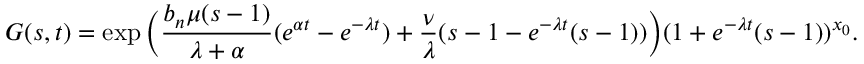
G ( s , t ) = \exp \Big ( \frac { b _ { n } \mu ( s - 1 ) } { \lambda + \alpha } ( e ^ { \alpha t } - e ^ { - \lambda t } ) + \frac { \nu } { \lambda } ( s - 1 - e ^ { - \lambda t } ( s - 1 ) ) \Big ) ( 1 + e ^ { - \lambda t } ( s - 1 ) ) ^ { x _ { 0 } } .